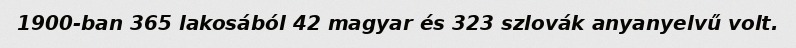
1900-ban 365 lakosából 42 magyar és 323 szlovák anyanyelvű volt.